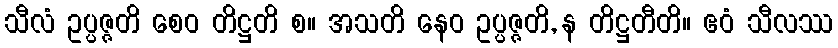
သီလံ ဥပ္ပဇ္ဇတိ စေဝ တိဋ္ဌတိ စ။ အသတိ နေဝ ဥပ္ပဇ္ဇတိ, န တိဋ္ဌတီတိ။ ဧဝံ သီလဿ